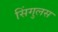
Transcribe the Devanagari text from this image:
सिंगुलस